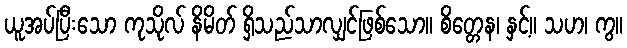
ယူအပ်ပြီးသော ကုသိုလ် နိမိတ် ရှိသည်သာလျှင်ဖြစ်သော။ စိတ္တေန၊ နှင့်။ သဟ၊ ကွ။